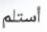
أستلم